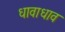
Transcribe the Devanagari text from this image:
धावाधाव